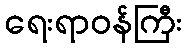
ရေးရာဝန်ကြီး